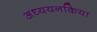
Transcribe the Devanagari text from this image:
अध्ययनकिया